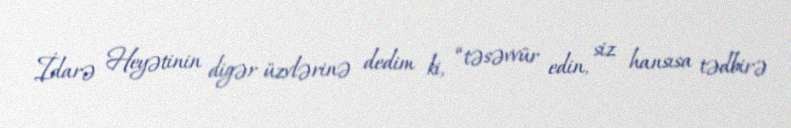
İdarə Heyətinin digər üzvlərinə dedim ki, “təsəvvür edin, siz hansısa tədbirə